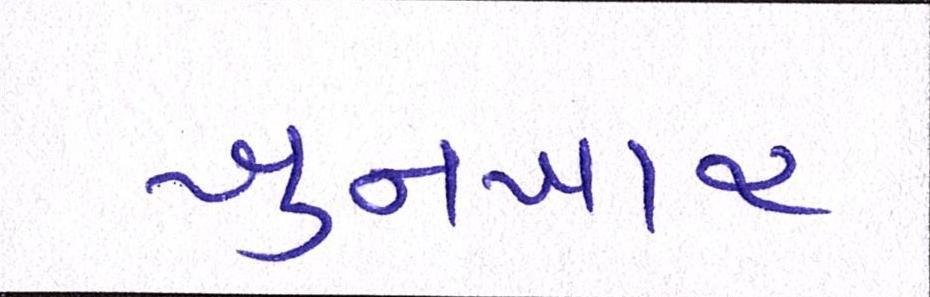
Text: ખુનખાર